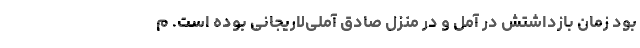
بود زمان بازداشتش در آمل و در منزل صادق آملی‌لاریجانی بوده است. م